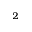
_ 2